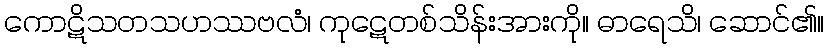
ကောဋိသတသဟဿဗလံ၊ ကုဋေတစ်သိန်းအားကို။ ဓာရေသိ၊ ဆောင်၏။